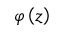
\varphi \left( z \right)